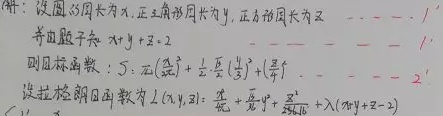
解：设圆周长为\(x\)，正三角形周长为\(y\)，正方形周长为\(z\)。由题设知\(x + y + z = 2\)。

则目标函数：\(S = \pi(\frac{x}{2\pi})^2 + \frac{\sqrt{3}}{4}(\frac{y}{3})^2 + (\frac{z}{4})^2\)。

设拉格朗日函数为\(L(x,y,z)=\frac{x^{2}}{4\pi}+\frac{\sqrt{3}y^{2}}{36}+\frac{z^{2}}{16}+\lambda(x + y + z - 2)\)。